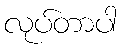
လုပ်တာပါ